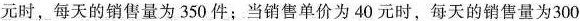
元时，每天的销售量为350件；当销售单价为40元时，每天的销售量为300